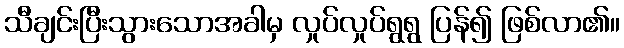
သီချင်းပြီးသွားသောအခါမှ လှုပ်လှုပ်ရွရွ ပြန်၍ ဖြစ်လာ၏။